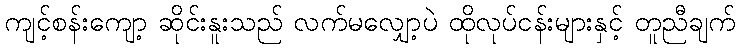
ကျင့်စန်းကျော့ ဆိုင်းနူးသည် လက်မလျှော့ပဲ ထိုလုပ်ငန်းများနှင့် တူညီချက်